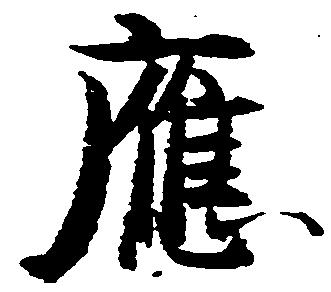
応